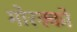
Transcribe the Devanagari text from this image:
मोरक्को